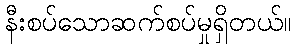
နီးစပ်သောဆက်စပ်မှုရှိတယ်။